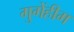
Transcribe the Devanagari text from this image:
गुगेंहीम